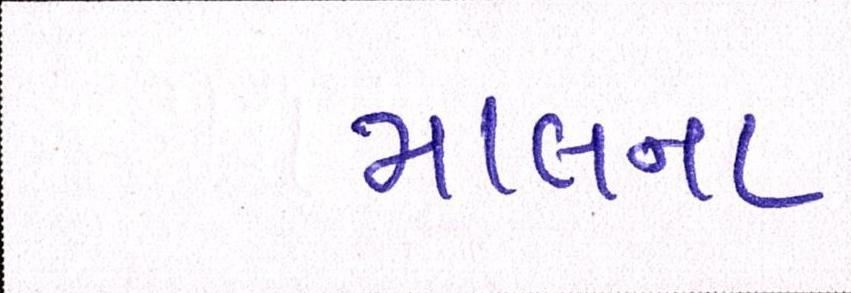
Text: માલના